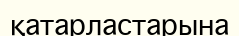
қатарластарына